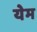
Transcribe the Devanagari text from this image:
येम